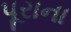
પૂરાના